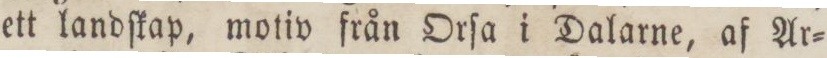
ett landſkap, motiv från Orſa i Dalarne, af Ar=